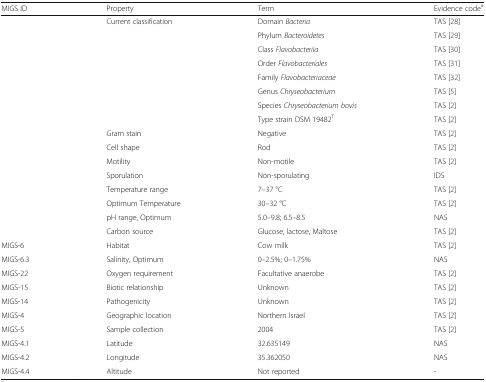
<table><thead><tr><td><b>MIGS ID</b></td><td><b>Property</b></td><td><b>Term</b></td><td><b>Evidence code<sup>a</sup></b></td></tr></thead><tbody><tr><td></td><td>Current classification</td><td>Domain <i>Bacteria</i></td><td>TAS [28]</td></tr><tr><td></td><td></td><td>Phylum <i>Bacteroidetes</i></td><td>TAS [29]</td></tr><tr><td></td><td></td><td>Class <i>Flavobacteriia</i></td><td>TAS [30]</td></tr><tr><td></td><td></td><td>Order <i>Flavobacteriales</i></td><td>TAS [31]</td></tr><tr><td></td><td></td><td>Family <i>Flavobacteriaceae</i></td><td>TAS [32]</td></tr><tr><td></td><td></td><td>Genus <i>Chryseobacterium</i></td><td>TAS [5]</td></tr><tr><td></td><td></td><td>Species <i>Chryseobacterium bovis</i></td><td>TAS [2]</td></tr><tr><td></td><td></td><td>Type strain DSM 19482<sup>T</sup></td><td>TAS [2]</td></tr><tr><td></td><td>Gram stain</td><td>Negative</td><td>TAS [2]</td></tr><tr><td></td><td>Cell shape</td><td>Rod</td><td>TAS [2]</td></tr><tr><td></td><td>Motility</td><td>Non-motile</td><td>TAS [2]</td></tr><tr><td></td><td>Sporulation</td><td>Non-sporulating</td><td>IDS</td></tr><tr><td></td><td>Temperature range</td><td>7–37 °C</td><td>TAS [2]</td></tr><tr><td></td><td>Optimum Temperature</td><td>30–32 °C</td><td>TAS [2]</td></tr><tr><td></td><td>pH range, Optimum</td><td>5.0–9.8; 6.5–8.5</td><td>NAS</td></tr><tr><td></td><td>Carbon source</td><td>Glucose, lactose, Maltose</td><td>TAS [2]</td></tr><tr><td>MIGS-6</td><td>Habitat</td><td>Cow milk</td><td>TAS [2]</td></tr><tr><td>MIGS-6.3</td><td>Salinity, Optimum</td><td>0–2.5%; 0–1.75%</td><td>NAS</td></tr><tr><td>MIGS-22</td><td>Oxygen requirement</td><td>Facultative anaerobe</td><td>TAS [2]</td></tr><tr><td>MIGS-15</td><td>Biotic relationship</td><td>Unknown</td><td>TAS [2]</td></tr><tr><td>MIGS-14</td><td>Pathogenicity</td><td>Unknown</td><td>TAS [2]</td></tr><tr><td>MIGS-4</td><td>Geographic location</td><td>Northern Israel</td><td>TAS [2]</td></tr><tr><td>MIGS-5</td><td>Sample collection</td><td>2004</td><td>TAS [2]</td></tr><tr><td>MIGS-4.1</td><td>Latitude</td><td>32.635149</td><td>NAS</td></tr><tr><td>MIGS-4.2</td><td>Longitude</td><td>35.362050</td><td>NAS</td></tr><tr><td>MIGS-4.4</td><td>Altitude</td><td>Not reported</td><td>-</td></tr></tbody></table>